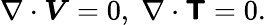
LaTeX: \nabla\cdot\boldsymbol{V}=0,\; \nabla\cdot\boldsymbol{\mathsf{T}}=0.